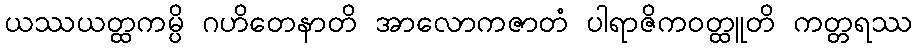
ယဿယတ္ထကမ္ပိ ဂဟိတေနာတိ အာလောကဇာတံ ပါရာဇိကဝတ္ထူတိ ကတ္တရဿ